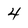
Character: 4